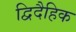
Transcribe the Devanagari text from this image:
द्विदैहिक